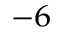
^ { - 6 }